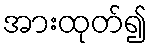
အားထုတ်၍